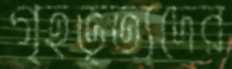
গৃহভৃত্যদের